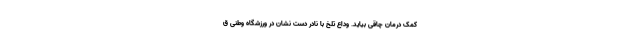
کمک درمان چاقی بیاید. وداع تلخ با نادر دست نشان در ورزشگاه وطنی ق